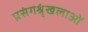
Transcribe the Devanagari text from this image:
प्रसंगश्रृंखलाओं